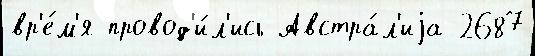
вр'е́м'я провод'и́л'ись Австра́л'иjа 2687